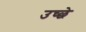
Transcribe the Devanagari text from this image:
उच्छे